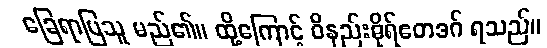
ခြေရာပြသူ မည်၏။ ထို့ကြောင့် ဝိနည်းဓိုရ်ဧတဒဂ် ရသည်။